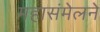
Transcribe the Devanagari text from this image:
महासंमेलने